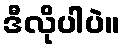
ဒီလိုပါပဲ။